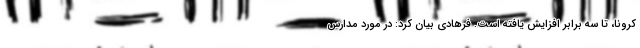
کرونا، تا سه برابر افزایش یافته است. فرهادی بیان کرد: در مورد مدارس